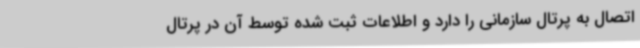
اتصال به پرتال سازمانی را دارد و اطلاعات ثبت شده توسط آن در پرتال